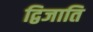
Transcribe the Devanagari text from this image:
द्विजाति